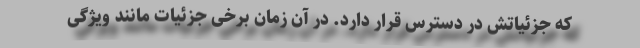
که جزئیاتش در دسترس قرار دارد. در آن زمان برخی جزئیات مانند ویژگی